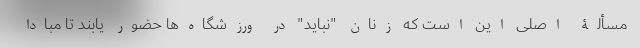
مسألۀ اصلی این است که زنان "نباید" در ورزشگاه‌ها حضور یابند تا مبادا